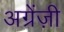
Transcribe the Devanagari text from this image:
अग्रेंज़ी